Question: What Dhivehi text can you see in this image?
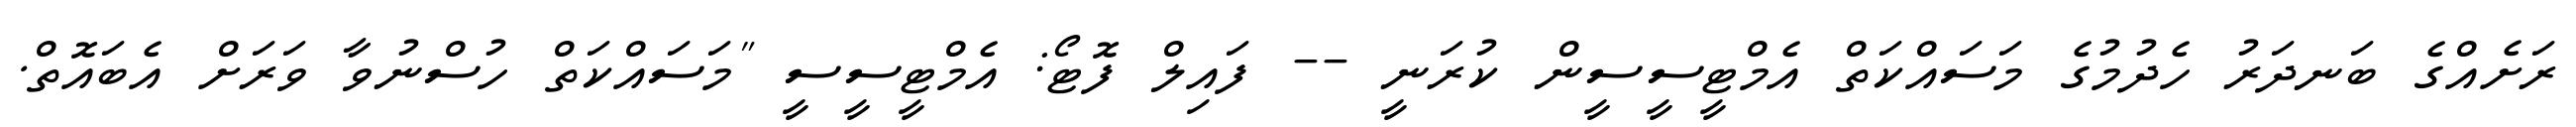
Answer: ރަށެއްގެ ބަނދަރު ހެދުމުގެ މަސައްކަތް އެމްޓީސީސީން ކުރަނީ -- ފައިލް ފޮޓޯ: އެމްޓީސީސީ "މަސައްކަތް ހުސްނުވާ ވަރަށް އެބައޮތް.